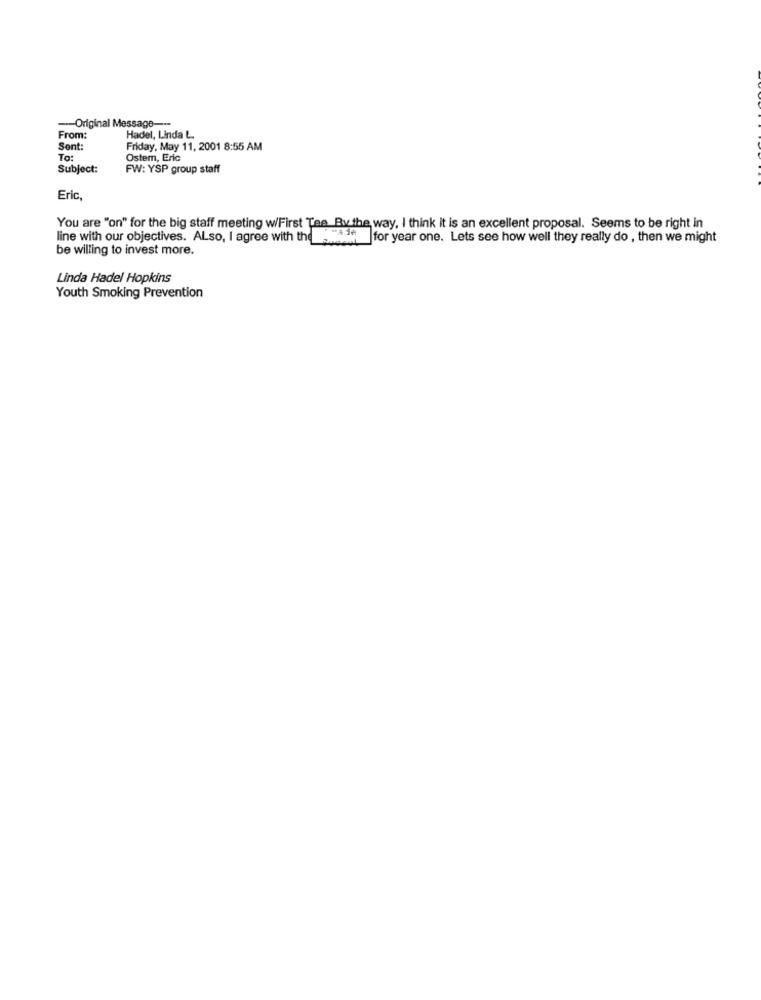
-Original Message ---
From:
Hadel, Linda L.
Sent:
Friday, May 11, 2001 8:55 AM
To:
Ostem, Eric
Subject:
FW: YSP group staff
Eric
You are "on" for the big staff meeting w/First Tee_By the way, I think it is an excellent proposal. Seems to be right in
line with our objectives. Also, I agree with the shade for year one. Lets see how well they really do , then we might
be willing to invest more.
Linda Hadel Hopkins
Youth Smoking Prevention